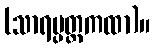
(သာရပ္ပတ္တကထာ)။